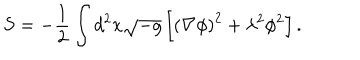
S = - { \frac { 1 } { 2 } } \int d ^ { 2 } x \sqrt { - g } \left[ \left( \nabla \phi \right) ^ { 2 } + \lambda ^ { 2 } \phi ^ { 2 } \right] .